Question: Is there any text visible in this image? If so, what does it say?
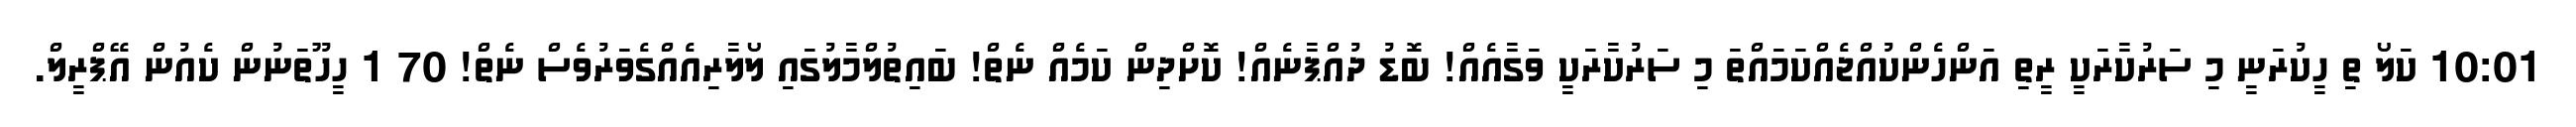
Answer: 10:01 ކަލޯ ތި ހީކުރަނީ މި ސަރުކާރަކީ ރީތި އަންހެންކުއްޖެއްކަމައްތަ މި ސަރުކާރަކީ ވަގާއެއް! ބޮޑު ދުއްޕާނެއް! ކޮށްދިން ކަމެއް ނެތް! ބައިތުލްމާލުގައި ލޯލާރިއެއްގެވަރުވެސް ނެތް! 70 1 ހީހޫތަނުން ކެއުން އޭޕްރީލް.